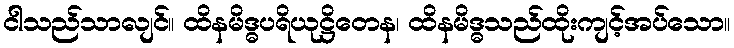
ငါသည်သာလျင်။ ထိနမိဒ္ဓပရိယုဋ္ဌိတေန၊ ထိနမိဒ္ဓသည်ထိုးကျင့်အပ်သော။